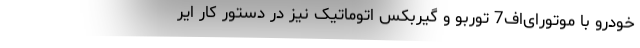
خودرو با موتورای‌اف7 توربو و گیربکس اتوماتیک نیز در دستور کار ایر